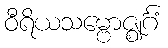
ဝီရိယသမ္ဗောဇ္ဈင်္ဂံ